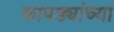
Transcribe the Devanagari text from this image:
कापड्यांच्या